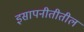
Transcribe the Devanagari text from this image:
इसापनीतीतील